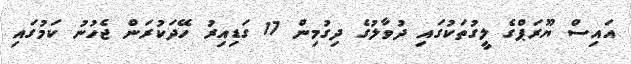
އައިސް ޔޫރަޕްގެ ލީގުތަކުގައި ދުވާލުގެ ދިގުމިން 17 ގަޑިއިރު ހޭދަކުރަން ޖެހުނު ކަމުގައި